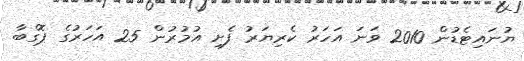
ޔުނައިޓެޑުން 2010 ވަނަ އަހަރު ކެރިޔަރު ފެށި އުމުރުން 25 އަހަރުގެ ޕޮގްބާ